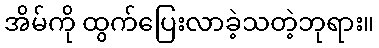
အိမ်ကို ထွက်ပြေးလာခဲ့သတဲ့ဘုရား။